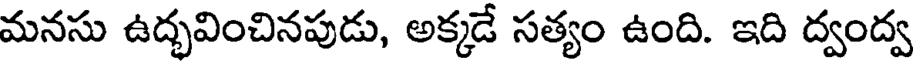
మనసు ఉద్భవించినపుడు, అక్కడే సత్యం ఉంది. ఇది ద్వంద్వ